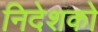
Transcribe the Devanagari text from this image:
निदेशको